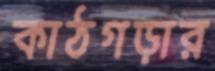
কাঠগড়ার